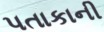
પતાકાની